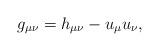
LaTeX: \begin{align*}g_{\mu\nu}=h_{\mu\nu}-u_\mu u_\nu,\end{align*}